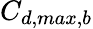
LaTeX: C_{d,max,b}